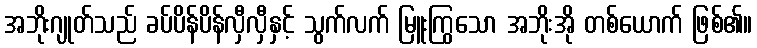
အဘိုးဂျုတ်သည် ခပ်ပိန်ပိန်လှီလှီနှင့် သွက်လက် မြူးကြွသော အဘိုးအို တစ်ယောက် ဖြစ်၏။